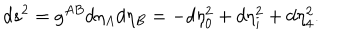
d s ^ { 2 } = g ^ { A B } d \eta _ { A } d \eta _ { B } = - d \eta _ { 0 } ^ { 2 } + d \eta _ { i } ^ { 2 } + d \eta _ { 4 } ^ { 2 } .